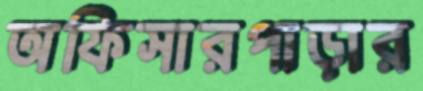
অফিসারপাড়ার